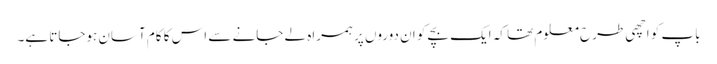
باپ کو اچھی طرح معلوم تھا کہ ایک بچے کو ان دوروں پر ہمراہ لے جانے سے اس کا کام آسان ہوجاتا ہے۔